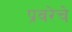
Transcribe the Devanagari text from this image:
प्रवरेचे